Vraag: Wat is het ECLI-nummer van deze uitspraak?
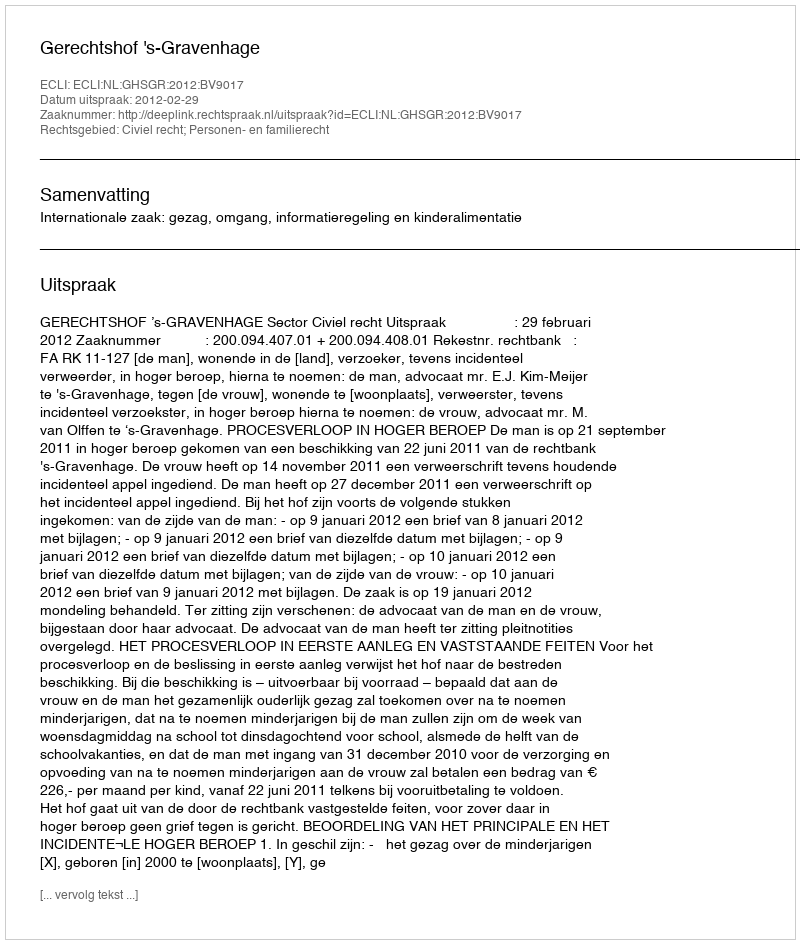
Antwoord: ECLI:NL:GHSGR:2012:BV9017